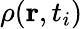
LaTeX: \rho(\mathbf{r},t_{i})